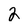
Character: 2